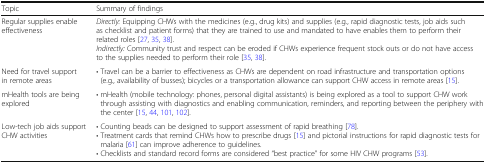
<table><thead><tr><td><b>Topic</b></td><td><b>Summary of findings</b></td></tr></thead><tbody><tr><td>Regular supplies enable effectiveness</td><td><i>Directly:</i> Equipping CHWs with the medicines (e.g., drug kits) and supplies (e.g., rapid diagnostic tests, job aids such as checklist and patient forms) that they are trained to use and mandated to have enables them to perform their related roles [27, 35, 38].<i>Indirectly: </i>Community trust and respect can be eroded if CHWs experience frequent stock outs or do not have access to the supplies needed to perform their role [35, 38].</td></tr><tr><td>Need for travel support in remote areas</td><td>• Travel can be a barrier to effectiveness as CHWs are dependent on road infrastructure and transportation options (e.g., availability of busses); bicycles or a transportation allowance can support CHW access in remote areas [15].</td></tr><tr><td>mHealth tools are being explored</td><td>• mHealth (mobile technology: phones, personal digital assistants) is being explored as a tool to support CHW work through assisting with diagnostics and enabling communication, reminders, and reporting between the periphery with the center [15, 44, 101, 102].</td></tr><tr><td>Low-tech job aids support CHW activities</td><td>• Counting beads can be designed to support assessment of rapid breathing [78].• Treatment cards that remind CHWs how to prescribe drugs [15] and pictorial instructions for rapid diagnostic tests for malaria [61] can improve adherence to guidelines.• Checklists and standard record forms are considered “best practice” for some HIV CHW programs [53].</td></tr></tbody></table>